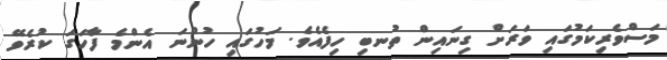
މަސްވެރިކަމުގައި ވަރަށް ގިނައިން ތުނބި ހިފެއެވެ. މަހުގައި ހުންނަ އެންމެ ފާހަގަ ކުރެވޭ